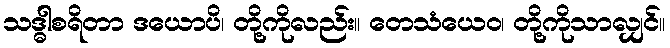
သဒ္ဓါစရိတာ ဒယောပိ၊ တို့ကိုလည်း။ တေသံယေဝ၊ တို့ကိုသာလျှင်။